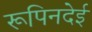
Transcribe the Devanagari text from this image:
रूपिनदेई